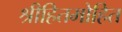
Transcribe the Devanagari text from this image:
श्रीहितमोहित